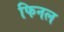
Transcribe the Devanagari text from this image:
फिनल